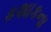
કશાકના